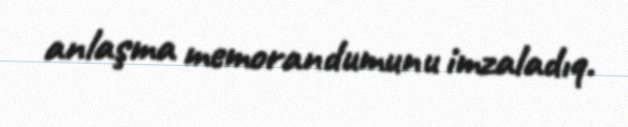
anlaşma memorandumunu imzaladıq.